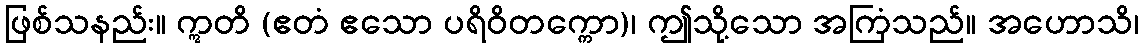
ဖြစ်သနည်း။ ဣတိ (ဧတံ ဧသော ပရိဝိတက္ကော)၊ ဤသို့သော အကြံသည်။ အဟောသိ၊